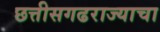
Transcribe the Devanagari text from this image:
छत्तीसगढराज्याचा